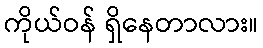
ကိုယ်ဝန် ရှိနေတာလား။